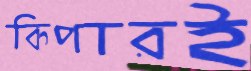
কিপারই